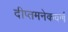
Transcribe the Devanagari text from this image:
दीप्तमनेकवर्णं